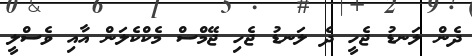
ދެން ލަނޑު ޖެހީ ދެ ލަނޑު ޖެހި ޖޭމްސް މެކްކެލަން އާއި ވެސްލީ